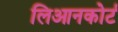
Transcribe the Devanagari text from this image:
लिआनकोर्ट